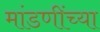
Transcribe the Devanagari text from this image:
मांडणींच्या